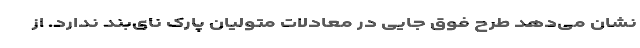
نشان می‌دهد طرح فوق جایی در معادلات متولیان پارک نای‌بند ندارد. از